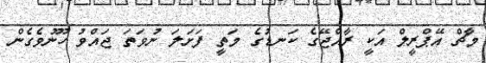
މާޗް އޭޕްރީލް އަކީ ރާއްޖޭގެ ކަނޑުގެ މަތީ ފަށަލަ ނުވަތަ ޖައްވު ހޫނުވެގެން